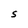
Character: S